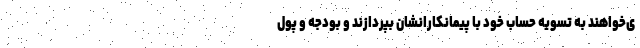
ی‌خواهند به تسویه حساب خود با پیمانکارانشان بپردازند و بودجه و پول